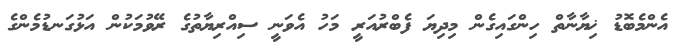
އެންމެބޮޑު ޚިޔާނާތް ހިންގައިގެން މިދިޔަ ފެބްރުއަރީ މަހު އެވަނީ ސިއްރިޔާތުގެ ރޭވުމަކުން އަޅުގަނޑުމެންގެ